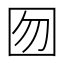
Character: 囫